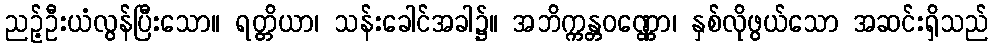
ညဉ့်ဦးယံလွန်ပြီးသော။ ရတ္တိယာ၊ သန်းခေါင်အခါ၌။ အဘိက္ကန္တဝဏ္ဏော၊ နှစ်လိုဖွယ်သော အဆင်းရှိသည်